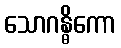
သောဂန္ဓိကော